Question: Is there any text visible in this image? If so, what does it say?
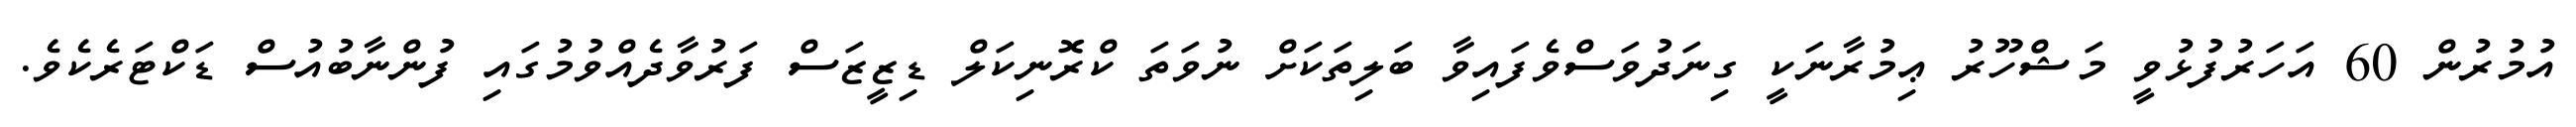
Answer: އުމުރުން 60 އަހަރުފުޅުވީ މަޝްހޫރު ޢިމުރާނަކީ ގިނަދުވަސްވެފައިވާ ބަލިތަކަށް ނުވަތަ ކްރޮނިކަލް ޑިޒީޒަސް ފަރުވާދެއްވުމުގައި ފުންނާބުއުސް ޑަކްޓަރެކެވެ.